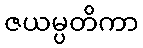
ဇယမ္ပတိကာ